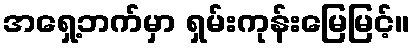
အရှေ့ဘက်မှာ ရှမ်းကုန်းမြေမြင့်။